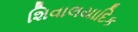
શિવાલયાદિક